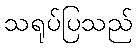
သရုပ်ပြသည်